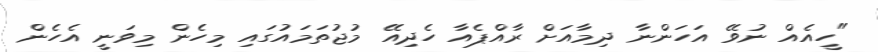
"ހީއެއް ނުވޭ އަހަންނާ ދިމާއަށް ރާއްޕެއާ ހެދިއޭ މުޖުތަމައުގައި މިހެން މިވަނީ އެހެން